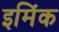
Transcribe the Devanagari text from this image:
इमिंक